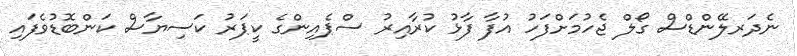
ނެދަރލޭންޑްސް ގޯލް ޖެހުމަށްފަހު އުފާ ފާޅު ކުރާއިރު ސްޕެއިންގެ ކީޕަރު ކަސިޔާސް ކަންބޮޑުވެފައި